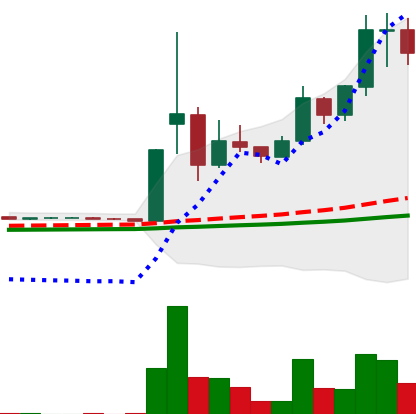
Ticker: DOGE-USD
Chart end date: 2021-02-09
Forward return: -10.751%
Label: down_7plus